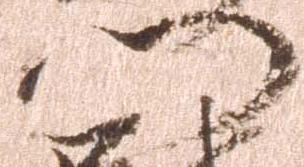
門